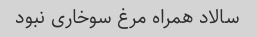
سالاد همراه مرغ سوخاری نبود